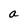
Character: a